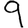
Digit: 9